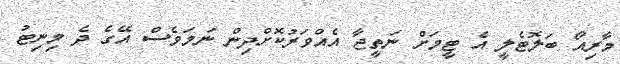
މާރިއޯ ބަލޮޓެލީ އެ ޓީމަށް ނަތީޖާ އެއްވަރުކޮށްދިން ނަމަވެސް އޭގެ ދެ މިނިޓު